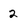
Character: 2